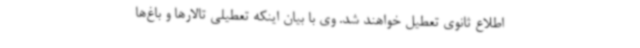
اطلاع ثانوی تعطیل خواهند شد. وی با بیان اینکه تعطیلی تالارها و باغ‌ها